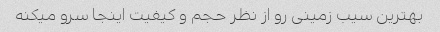
بهترین سیب زمینی رو از نظر حجم و کیفیت اینجا سرو میکنه